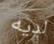
لديه